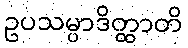
ဥပသမ္ပာဒိတ္ထာတိ